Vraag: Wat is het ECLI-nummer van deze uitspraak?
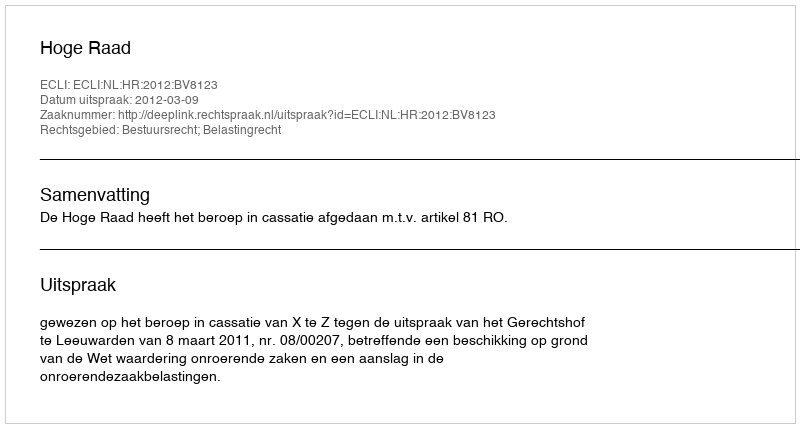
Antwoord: ECLI:NL:HR:2012:BV8123